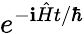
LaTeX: e^{-\mathbf{i}{\hat{{H}}}t/\hbar}